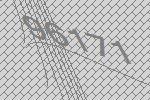
96171